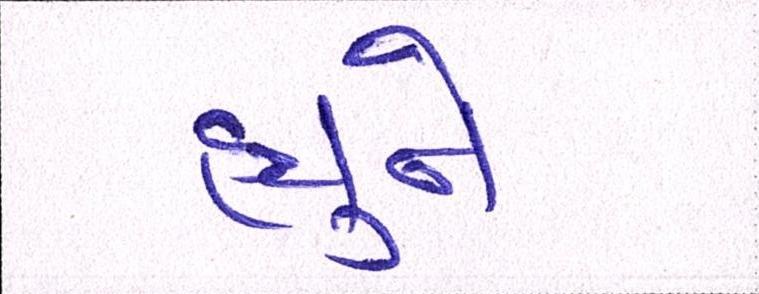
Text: હ્યુને